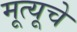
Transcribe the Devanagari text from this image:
मूत्यूचे